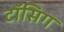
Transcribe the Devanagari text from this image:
टॉसिग